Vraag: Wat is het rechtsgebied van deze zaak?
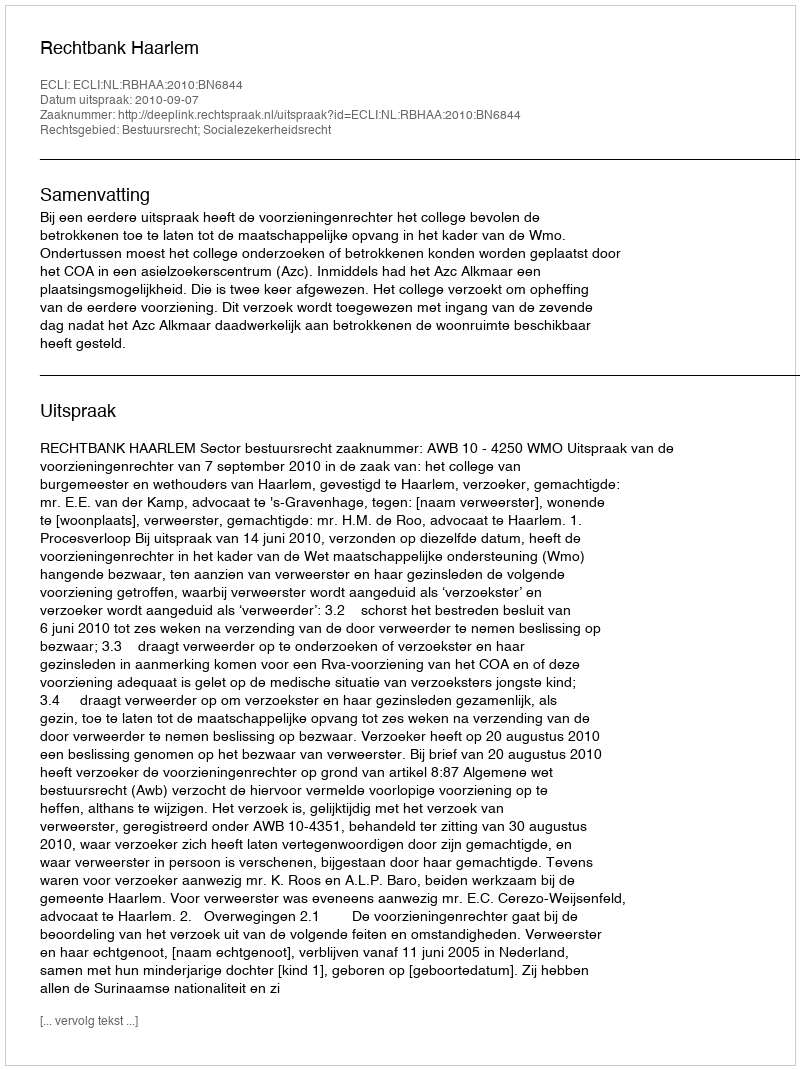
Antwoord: Bestuursrecht; Socialezekerheidsrecht